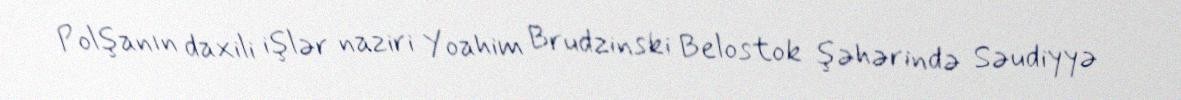
Polşanın daxili işlər naziri Yoahim Brudzinski Belostok şəhərində Səudiyyə